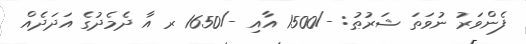
ފެންވަރު ނުވަތަ ޝަރުޠު: -/1500 އާއި -/1650 ރ އާ ދެމެދުގެ އަދަދެއް